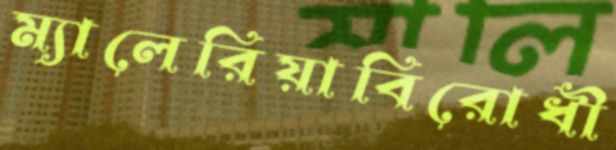
ম্যালেরিয়াবিরোধী